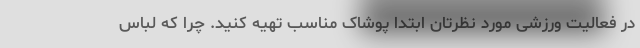
در فعالیت ورزشی مورد نظرتان ابتدا پوشاک مناسب تهیه کنید. چرا که لباس